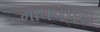
માધવપરા